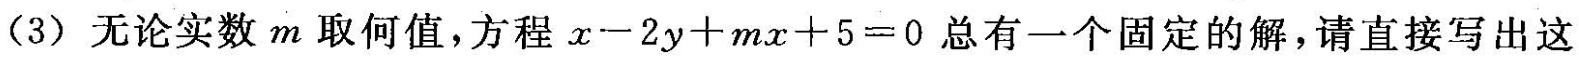
(3)无论实数m取何值，方程$$x - 2 y + m x + 5 = 0$$总有一个固定的解，请直接写出这